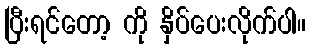
ပြီးရင်တော့ ကို နှိပ်ပေးလိုက်ပါ။